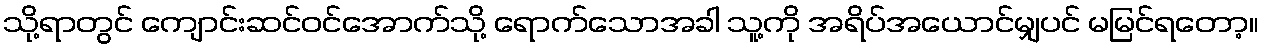
သို့ရာတွင် ကျောင်းဆင်ဝင်အောက်သို့ ရောက်သောအခါ သူ့ကို အရိပ်အယောင်မျှပင် မမြင်ရတော့။